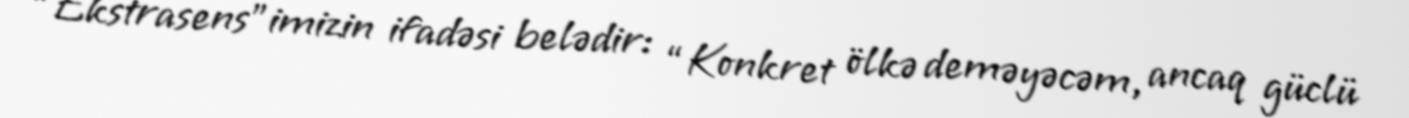
“Ekstrasens”imizin ifadəsi belədir: “Konkret ölkə deməyəcəm, ancaq güclü